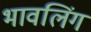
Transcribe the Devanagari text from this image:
भावलिंग